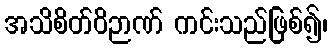
အသိစိတ်ဝိဉာဏ် ကင်းသည်ဖြစ်၍၊